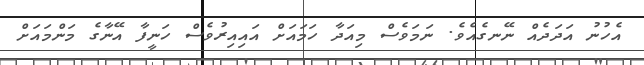
އެހުނު އަދަދެއް ނޭނގެއެވެ. ނަމަވެސް މިއަދާ ހަމައަށް އައިއިރުވެސް ހަނީފާ އޭނާގެ މަންމައަށް